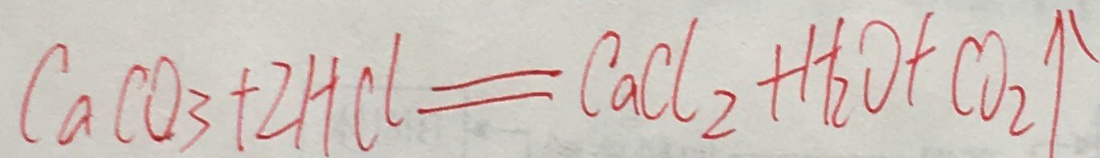
C a C O _ { 3 } + 2 H C l = C a C l _ { 2 } + H _ { 2 } O + C O _ { 2 } \uparrow